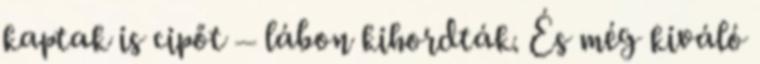
kaptak is cipőt – lábon kihordták. És még kiváló